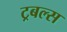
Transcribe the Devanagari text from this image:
ट्रबल्स